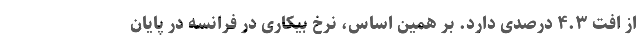
از افت ۴.۳ درصدی دارد. بر همین اساس، نرخ بیکاری در فرانسه در پایان